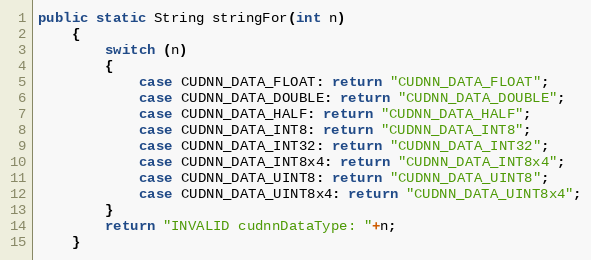
Language: Java
public static String stringFor(int n)
    {
        switch (n)
        {
            case CUDNN_DATA_FLOAT: return "CUDNN_DATA_FLOAT";
            case CUDNN_DATA_DOUBLE: return "CUDNN_DATA_DOUBLE";
            case CUDNN_DATA_HALF: return "CUDNN_DATA_HALF";
            case CUDNN_DATA_INT8: return "CUDNN_DATA_INT8";
            case CUDNN_DATA_INT32: return "CUDNN_DATA_INT32";
            case CUDNN_DATA_INT8x4: return "CUDNN_DATA_INT8x4";
            case CUDNN_DATA_UINT8: return "CUDNN_DATA_UINT8";
            case CUDNN_DATA_UINT8x4: return "CUDNN_DATA_UINT8x4";
        }
        return "INVALID cudnnDataType: "+n;
    }